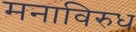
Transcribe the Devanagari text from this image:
मनाविरुध